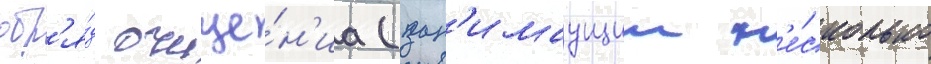
обр'я́д очище́н'иа (зан'имаущии н'е́сколько